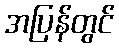
အပြန်တွင်